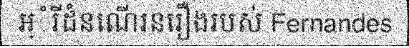
អ្ំរីដំនណើរនរឿងរបស់ Fernandes